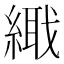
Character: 𦃎